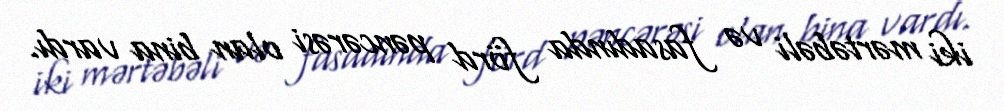
iki mərtəbəli və fasadında förd pəncərəsi olan bina vardı.